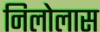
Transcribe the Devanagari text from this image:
निलोलास